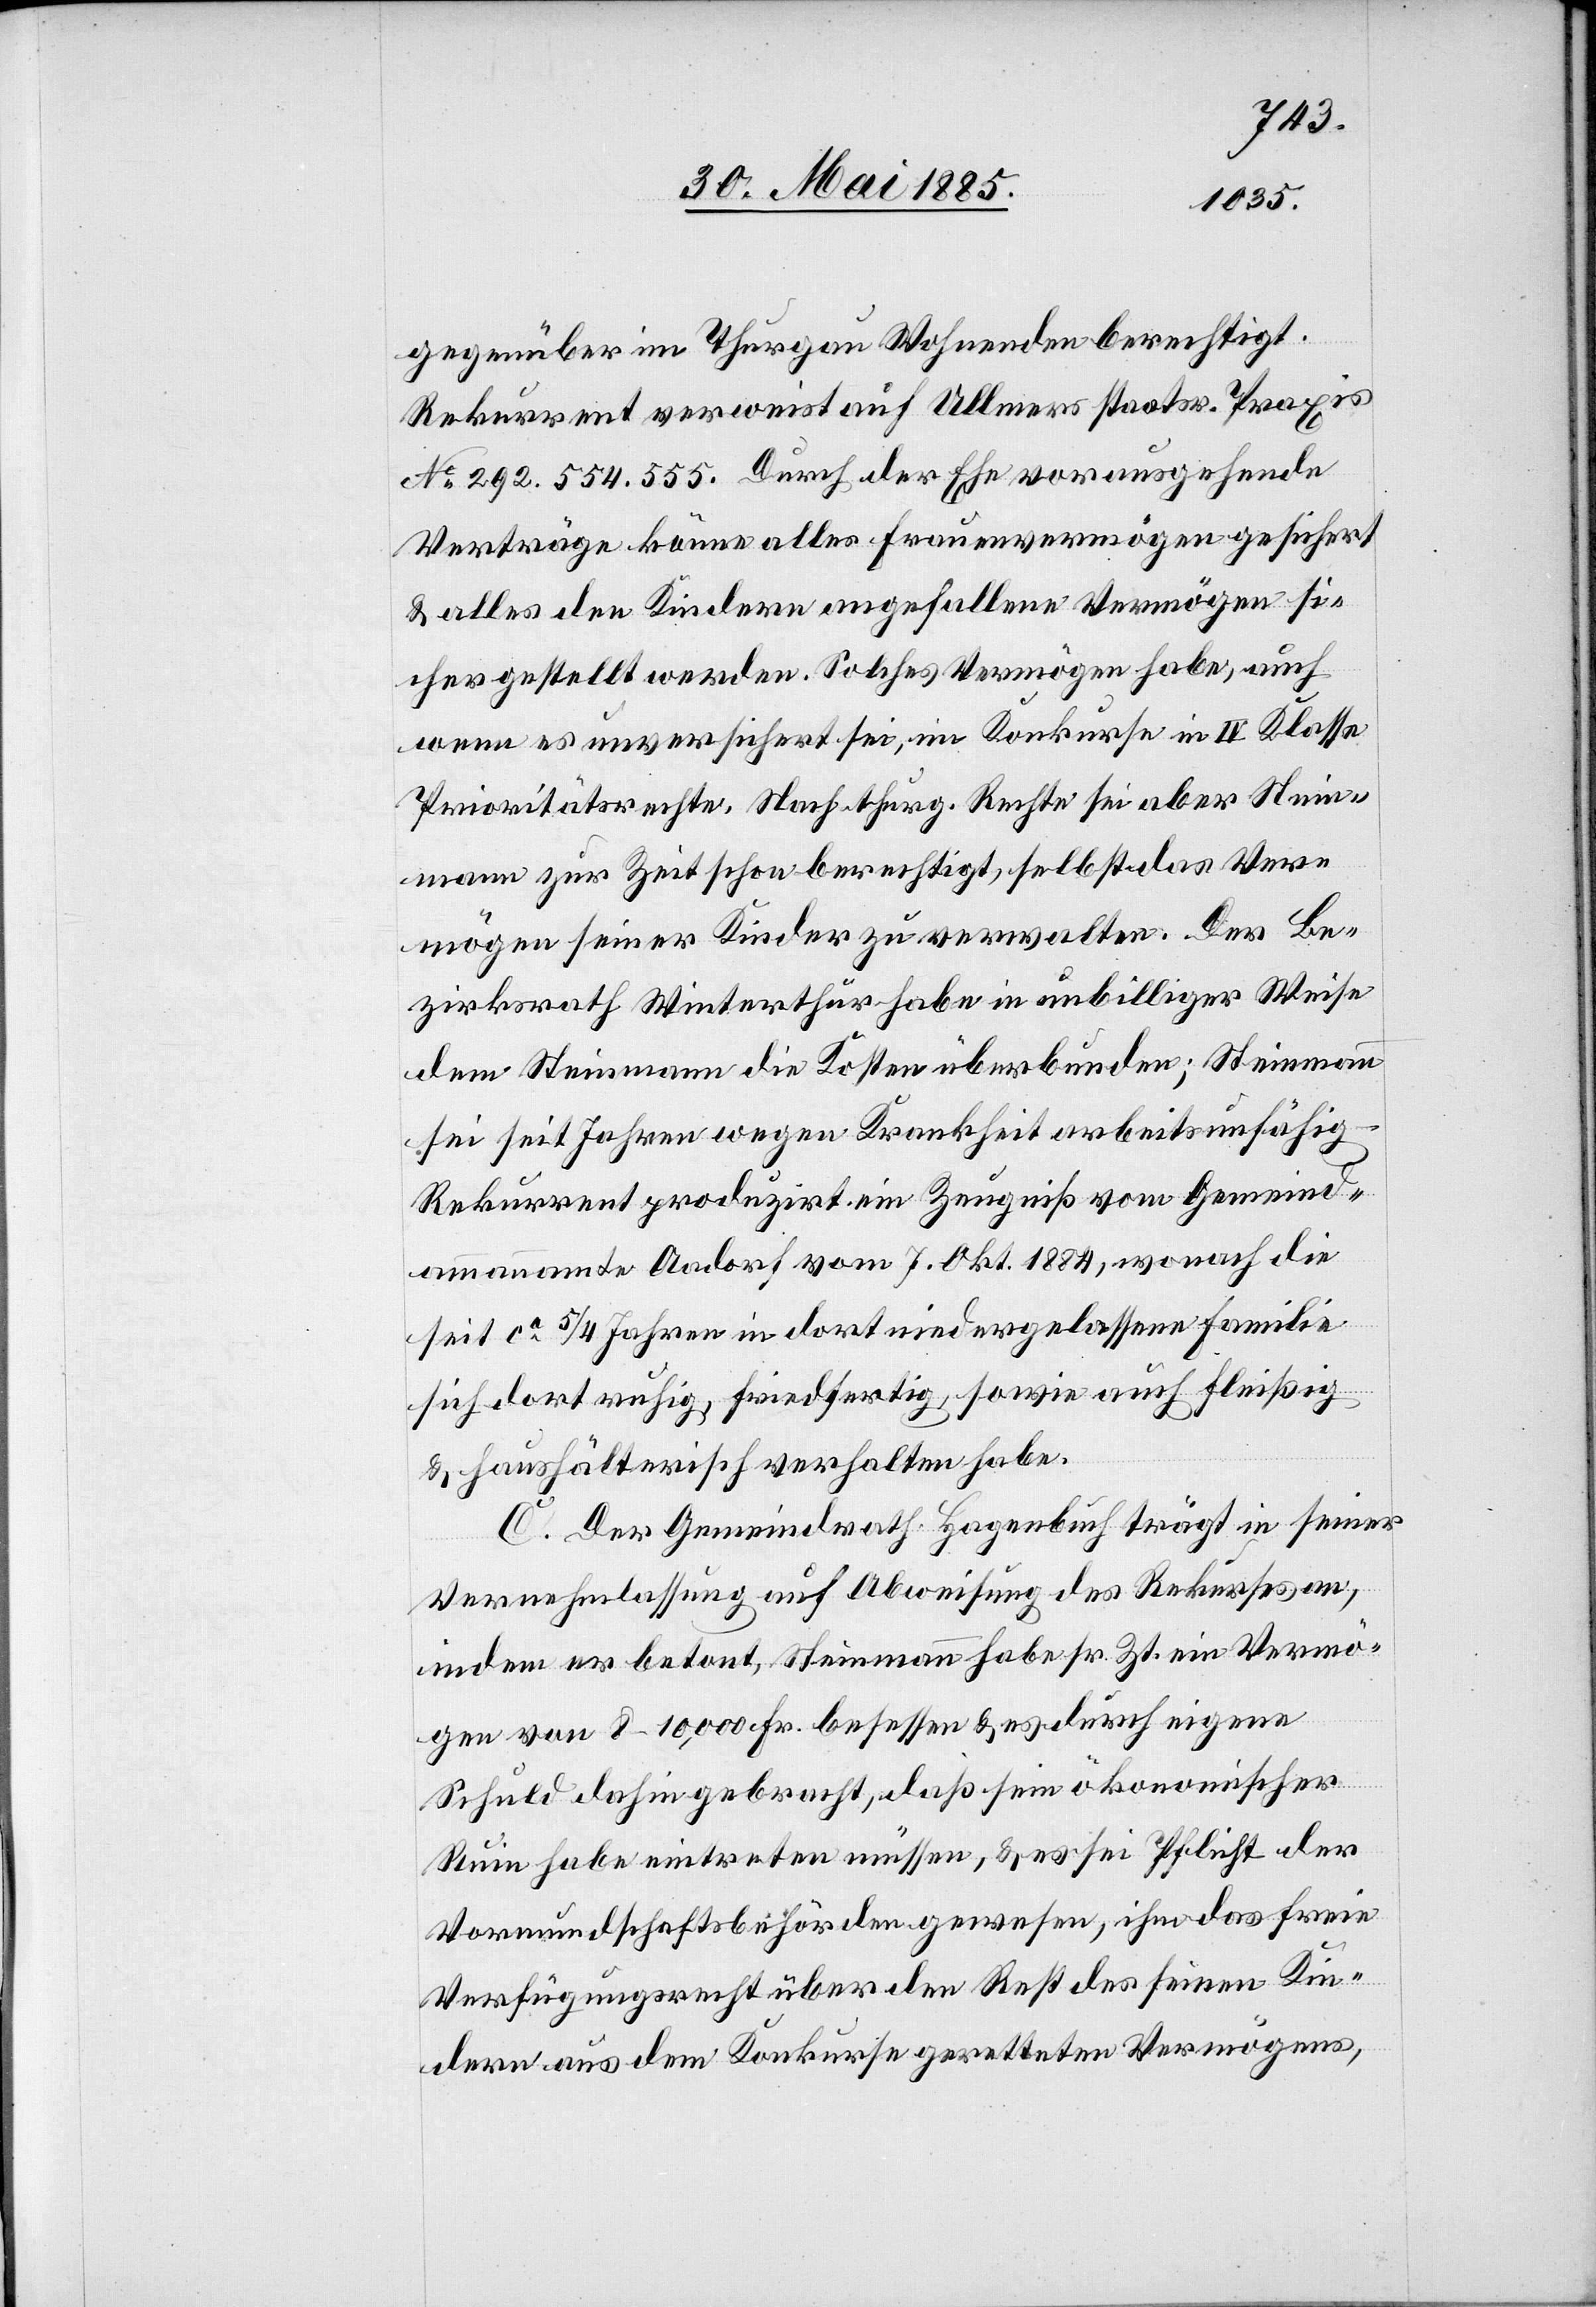
gegenüber im Thurgau Wohnenden berechtigt.
Rekurrent verweist auf Ullmers staatsr. Praxis
No 292.554.555. Durch der Ehe vorausgehende
Verträge könne alles Frauenvermögen gesichert
& alles den Kindern abgefallene Vermögen si¬
cher gestellt werden. Solches Vermögen habe, auch
wenn es unversichert sei, im Konkurse in IV Klasse
Prioritätsrechte. Nach thurg. Rechte sei aber Stein¬
mann zur Zeit schon berechtigt, selbst das Ver¬
mögen seiner Kinder zu verwalten. Der Be¬
zirksrath Winterthur habe in unbilliger Weise
dem Steinmann die Kosten überbunden; Steinmann
sei seit Jahren wegen Krankheit arbeitsunfähig
Rekurrent produzirt ein Zeugniß vom Gemeind¬
ammannamte Aadorf vom 7. Okt. 1884, wonach die
seit ca 5/4 Jahren in dort niedergelassene Familie
sich dort ruhig, friedfertig, sowie auch fleißig
& haushälterisch verhalten habe.
C. Der Gemeindrath Hagenbuch trägt in seiner
Vernehmlassung auf Abweisung des Rekurses an,
indem er betont, Steinmann habe sr. Zt. ein Vermö¬
gen von 8–10,000 Fr. besessen & es durch eigene
Schuld dahin gebraucht, daß sein ökonomischer
Ruin habe eintreten müssen, & es sei Pflicht der
Vormundschaftsbehörden gewesen, ihm das freie
Verfügungsrecht über den Rest des seinen Kin¬
dern aus dem Konkurse geretteten Vermögens,